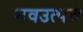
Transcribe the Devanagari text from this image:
नवउत्पन्न